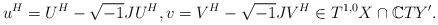
LaTeX: \begin{align*}u^H=U^H-\sqrt{-1}JU^H, v = V^H - \sqrt{-1}JV^H \in T^{1,0}X \cap \mathbb{C}TY'.\end{align*}